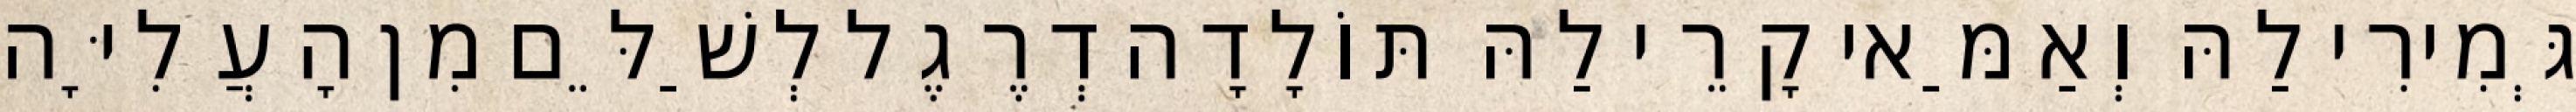
גְּמִירִי לַהּ וְאַמַּאי קָרֵי לַהּ תּוֹלָדָה דְרֶגֶל לְשַׁלֵּם מִן הָעֲלִיָּה